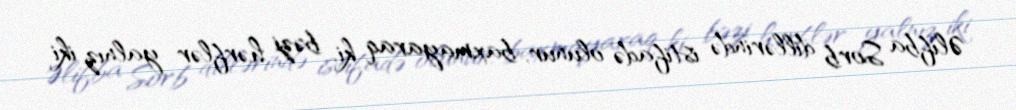
Əlifba Sorb dillərində istifadə olunur, baxmayaraq ki, bəzi hərflər yalnız iki